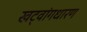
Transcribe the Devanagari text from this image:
खट्‌वांगधारण